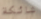
شائكة